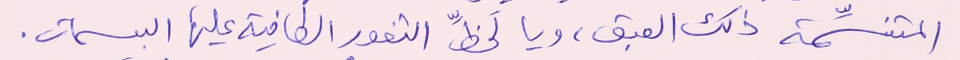
المتنسِّمة ذلك العبق، ويا لَحظِّ الثغور الطافية عليها البسمات.